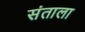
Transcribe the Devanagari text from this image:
संताला